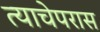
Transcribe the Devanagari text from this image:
त्याचेपरास